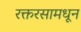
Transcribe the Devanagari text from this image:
रक्तरसामधून